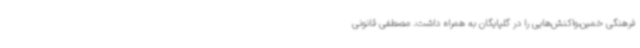
فرهنگی خمین،واکنش‌هایی را در گلپایگان به همراه داشت. مصطفی قانونی